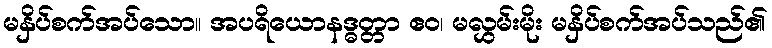
မနှိပ်စက်အပ်သော။ အပရိယောနဒ္ဓတ္တာ ဧဝ၊ မလွှမ်းမိုး မနှိပ်စက်အပ်သည်၏